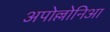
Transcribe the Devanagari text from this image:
अपोल्लोनिआ